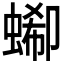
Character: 𧎙